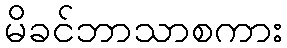
မိခင်ဘာသာစကား